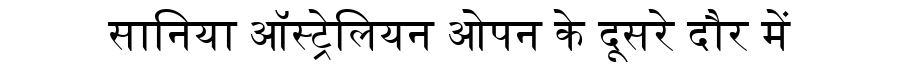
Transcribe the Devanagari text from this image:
सानिया ऑस्ट्रेलियन ओपन के दूसरे दौर में